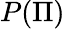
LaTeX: P(\Pi)